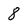
Character: 8